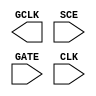
module sky130_fd_sc_hd__sdlclkp (
    GCLK,
    SCE ,
    GATE,
    CLK
);

    output GCLK;
    input  SCE ;
    input  GATE;
    input  CLK ;

    // Voltage supply signals
    supply1 VPWR;
    supply0 VGND;
    supply1 VPB ;
    supply0 VNB ;

endmodule